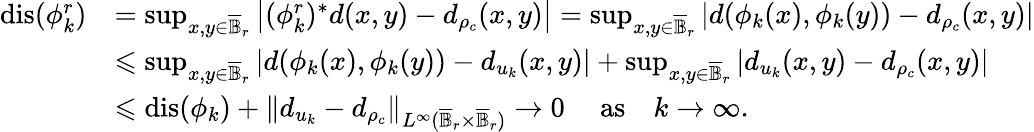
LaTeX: \begin{array}{rl}{\mathrm{dis}(\phi_{k}^{r})}&{=\operatorname*{sup}_{x,y\in\overline{{\mathbb B}}_{r}}\left\vert(\phi_{k}^{r})^{*}d(x,y)-d_{\rho_{c}}(x,y)\right\vert=\operatorname*{sup}_{x,y\in\overline{{\mathbb B}}_{r}}\left\vert d(\phi_{k}(x),\phi_{k}(y))-d_{\rho_{c}}(x,y)\right\vert}\\ &{\leqslant\operatorname*{sup}_{x,y\in\overline{{\mathbb B}}_{r}}\left\vert d(\phi_{k}(x),\phi_{k}(y))-d_{u_{k}}(x,y)\right\vert+\operatorname*{sup}_{x,y\in\overline{{\mathbb B}}_{r}}\left\vert d_{u_{k}}(x,y)-d_{\rho_{c}}(x,y)\right\vert}\\ &{\leqslant\mathrm{dis}(\phi_{k})+\| d_{u_{k}}-d_{\rho_{c}}\| _{L^{\infty}(\overline{{\mathbb B}}_{r}\times\overline{{\mathbb B}}_{r})}\to 0\mathrm{\quad~as\quad}k\to\infty.}\end{array}